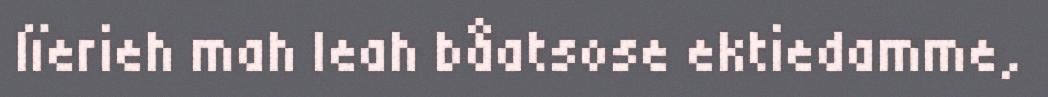
lïerieh mah leah båatsose ektiedamme,